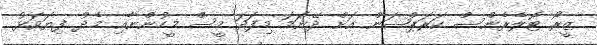
ޒީރޯ ޓޮލެރެންސް ކަރަޕްޝަން އަށް ދޭނަމަ މިފަދަ މީސް މީހުންނާއި މެދު ފިޔަވަޅު